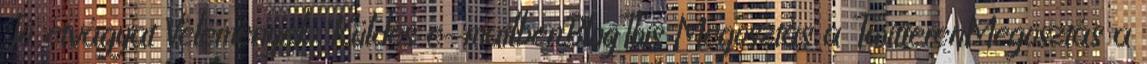
Jó étvágyat Vélemények: Küldés e-mailbenBlogThis Megosztás a TwitterenMegosztás a